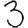
Digit: 3